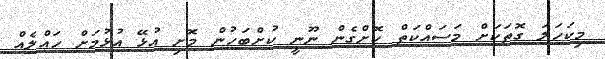
މިކަހަލަ ގޮތަކަށް މަސައްކަތް ކޮށްގެން ނޫނީ ކުށްބަހުން މޮށި އުޅޭ އުޅުމަށް ހައްލެއް